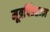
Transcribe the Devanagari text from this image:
मूत्रपिंडतज्‍ज्ञ